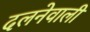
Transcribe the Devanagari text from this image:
दलनेवाली